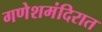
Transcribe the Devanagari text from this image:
गणेशमंदिरात